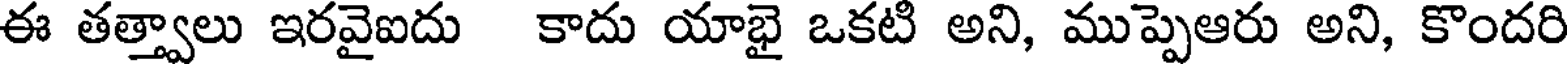
ఈ తత్త్వాలు ఇరవైఐదు కాదు యాభై ఒకటి అని, ముప్పెఆరు అని, కొందరి